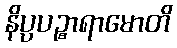
နိပ္ပပဉ္စာရာမောတိ